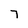
Character: 7